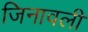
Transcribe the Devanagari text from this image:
जिनावली